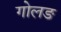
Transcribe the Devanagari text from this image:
गोलङ